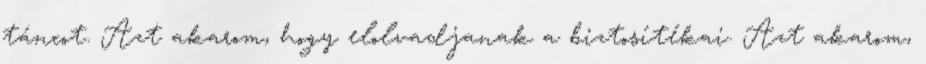
táncot. Azt akarom, hogy elolvadjanak a biztosítékai. Azt akarom,